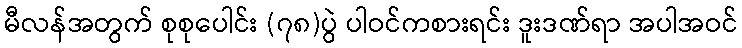
မီလန်အတွက် စုစုပေါင်း (၇၈)ပွဲ ပါဝင်ကစားရင်း ဒူးဒဏ်ရာ အပါအဝင်